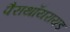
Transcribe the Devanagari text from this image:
पैराथॉयरायड